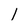
Character: 1